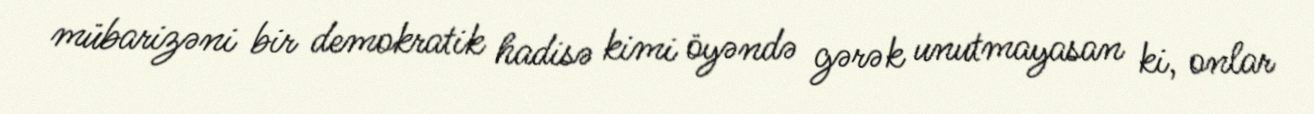
mübarizəni bir demokratik hadisə kimi öyəndə gərək unutmayasan ki, onlar